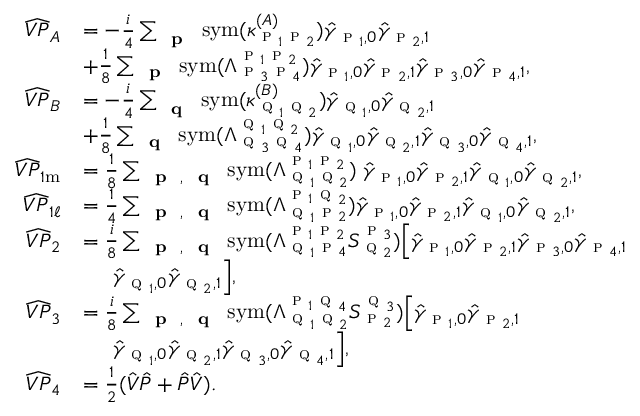
\begin{array} { r l } { \widehat { V P } _ { A } } & { = - \frac { i } { 4 } \sum _ { \textbf { \textsc { p } } } \mathrm { s y m } ( \kappa _ { \textsc { p } _ { 1 } \textsc { p } _ { 2 } } ^ { ( A ) } ) \hat { \gamma } _ { \textsc { p } _ { 1 } , 0 } \hat { \gamma } _ { \textsc { p } _ { 2 } , 1 } } \\ & { + \frac { 1 } { 8 } \sum _ { \substack { \textbf { \textsc { p } } } } \mathrm { s y m } ( \Lambda _ { \textsc { p } _ { 3 } \textsc { p } _ { 4 } } ^ { \textsc { p } _ { 1 } \textsc { p } _ { 2 } } ) \hat { \gamma } _ { \textsc { p } _ { 1 } , 0 } \hat { \gamma } _ { \textsc { p } _ { 2 } , 1 } \hat { \gamma } _ { \textsc { p } _ { 3 } , 0 } \hat { \gamma } _ { \textsc { p } _ { 4 } , 1 } , } \\ { \widehat { V P } _ { B } } & { = - \frac { i } { 4 } \sum _ { \textbf { \textsc { q } } } \mathrm { s y m } ( \kappa _ { \textsc { q } _ { 1 } \textsc { q } _ { 2 } } ^ { ( B ) } ) \hat { \gamma } _ { \textsc { q } _ { 1 } , 0 } \hat { \gamma } _ { \textsc { q } _ { 2 } , 1 } } \\ & { + \frac { 1 } { 8 } \sum _ { \substack { \textbf { \textsc { q } } } } \mathrm { s y m } ( \Lambda _ { \textsc { q } _ { 3 } \textsc { q } _ { 4 } } ^ { \textsc { q } _ { 1 } \textsc { q } _ { 2 } } ) \hat { \gamma } _ { \textsc { q } _ { 1 } , 0 } \hat { \gamma } _ { \textsc { q } _ { 2 } , 1 } \hat { \gamma } _ { \textsc { q } _ { 3 } , 0 } \hat { \gamma } _ { \textsc { q } _ { 4 } , 1 } , } \\ { \widehat { V P } _ { 1 \mathrm { m } } } & { = \frac { 1 } { 8 } \sum _ { \substack { \textbf { \textsc { p } } , \textbf { \textsc { q } } } } \mathrm { s y m } ( \Lambda _ { \textsc { q } _ { 1 } \textsc { q } _ { 2 } } ^ { \textsc { p } _ { 1 } \textsc { p } _ { 2 } } ) \; \hat { \gamma } _ { \textsc { p } _ { 1 } , 0 } \hat { \gamma } _ { \textsc { p } _ { 2 } , 1 } \hat { \gamma } _ { \textsc { q } _ { 1 } , 0 } \hat { \gamma } _ { \textsc { q } _ { 2 } , 1 } , } \\ { \widehat { V P } _ { 1 \ell } } & { = \frac { 1 } { 4 } \sum _ { \substack { \textbf { \textsc { p } } , \textbf { \textsc { q } } } } \mathrm { s y m } ( \Lambda _ { \textsc { q } _ { 1 } \textsc { p } _ { 2 } } ^ { \textsc { p } _ { 1 } \textsc { q } _ { 2 } } ) \hat { \gamma } _ { \textsc { p } _ { 1 } , 0 } \hat { \gamma } _ { \textsc { p } _ { 2 } , 1 } \hat { \gamma } _ { \textsc { q } _ { 1 } , 0 } \hat { \gamma } _ { \textsc { q } _ { 2 } , 1 } , } \\ { \widehat { V P } _ { 2 } } & { = \frac { i } { 8 } \sum _ { \substack { \textbf { \textsc { p } } , \textbf { \textsc { q } } } } \mathrm { s y m } ( \Lambda _ { \textsc { q } _ { 1 } \textsc { p } _ { 4 } } ^ { \textsc { p } _ { 1 } \textsc { p } _ { 2 } } S _ { \textsc { q } _ { 2 } } ^ { \textsc { p } _ { 3 } } ) \Big [ \hat { \gamma } _ { \textsc { p } _ { 1 } , 0 } \hat { \gamma } _ { \textsc { p } _ { 2 } , 1 } \hat { \gamma } _ { \textsc { p } _ { 3 } , 0 } \hat { \gamma } _ { \textsc { p } _ { 4 } , 1 } } \\ & { \; \; \; \; \; \hat { \gamma } _ { \textsc { q } _ { 1 } , 0 } \hat { \gamma } _ { \textsc { q } _ { 2 } , 1 } \Big ] , } \\ { \widehat { V P } _ { 3 } } & { = \frac { i } { 8 } \sum _ { \substack { \textbf { \textsc { p } } , \textbf { \textsc { q } } } } \mathrm { s y m } ( \Lambda _ { \textsc { q } _ { 1 } \textsc { q } _ { 2 } } ^ { \textsc { p } _ { 1 } \textsc { q } _ { 4 } } S _ { \textsc { p } _ { 2 } } ^ { \textsc { q } _ { 3 } } ) \Big [ \hat { \gamma } _ { \textsc { p } _ { 1 } , 0 } \hat { \gamma } _ { \textsc { p } _ { 2 } , 1 } } \\ & { \; \; \; \; \; \hat { \gamma } _ { \textsc { q } _ { 1 } , 0 } \hat { \gamma } _ { \textsc { q } _ { 2 } , 1 } \hat { \gamma } _ { \textsc { q } _ { 3 } , 0 } \hat { \gamma } _ { \textsc { q } _ { 4 } , 1 } \Big ] , } \\ { \widehat { V P } _ { 4 } } & { = \frac { 1 } { 2 } ( \hat { V } \hat { P } + \hat { P } \hat { V } ) . } \end{array}